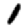
Digit: 1